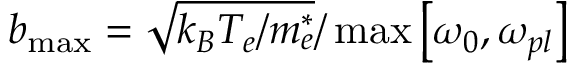
b _ { \operatorname* { m a x } } = \sqrt { k _ { B } { T _ { e } } / m _ { e } ^ { * } } / \operatorname* { m a x } \left[ \omega _ { 0 } , \omega _ { p l } \right]